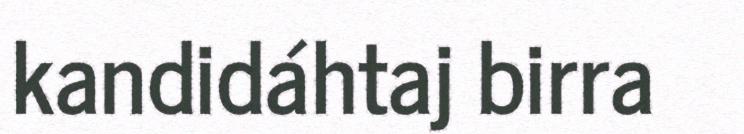
kandidáhtaj birra